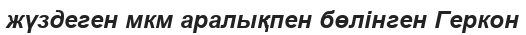
жүздеген мкм аралықпен бөлінген Геркон